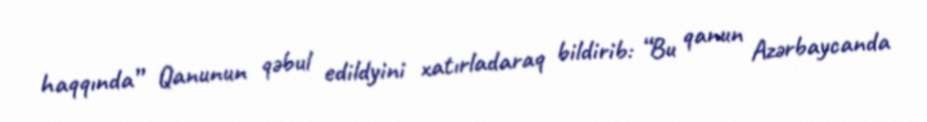
haqqında” Qanunun qəbul edildyini xatırladaraq bildirib: “Bu qanun Azərbaycanda